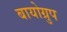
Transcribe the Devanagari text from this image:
बायोग्रुप